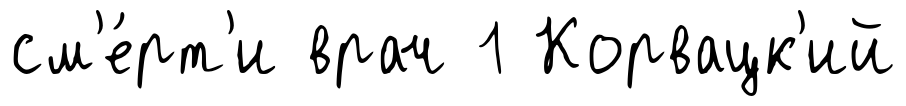
см'е́рт'и врач 1 Корвацк'ий